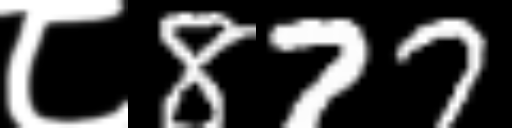
Text: ८877